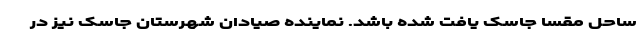
ساحل مقسا جاسک یافت شده باشد. نماینده صیادان شهرستان جاسک نیز در